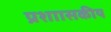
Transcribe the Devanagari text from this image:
प्रशाासकीय